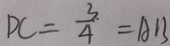
D C = \frac { 3 } { 4 } = A B